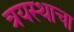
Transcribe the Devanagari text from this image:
त्रयस्थाचा